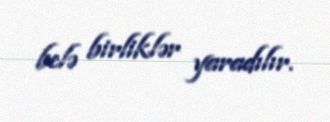
belə birliklər yaradılır.